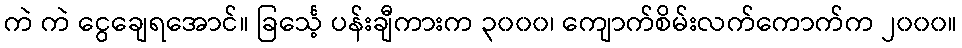
ကဲ ကဲ ငွေချေရအောင်။ ခြင်္သေ့ ပန်းချီကားက ၃၀၀၀၊ ကျောက်စိမ်းလက်ကောက်က ၂၀၀၀။